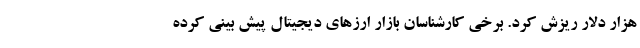
هزار دلار ریزش کرد. برخی کارشناسان بازار ارزهای دیجیتال پیش بینی کرده